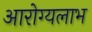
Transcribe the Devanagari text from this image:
आरोग्यलाभ